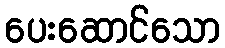
ပေးဆောင်သော